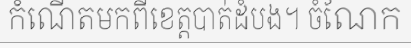
កំណើតមកពីខេត្តបាត់ដំបង។ ចំណែក